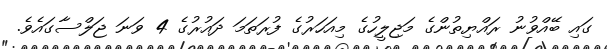
ގައި ބޭއްވުނު ރައްޔިތުންގެ މަޖިލީހުގެ މިއަހަރުގެ ފުރަތަމަ ދައުރުގެ 4 ވަނަ ޖަލްސާގައެވެ.